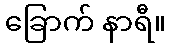
ခြောက် နာရီ။